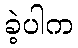
ခဲ့ပါက